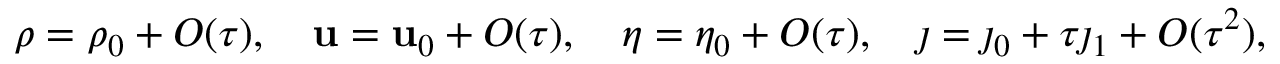
\rho = \rho _ { 0 } + O ( \tau ) , \quad \mathbf { u } = \mathbf { u } _ { 0 } + O ( \tau ) , \quad \eta = \eta _ { 0 } + O ( \tau ) , \quad \j = \j _ { 0 } + \tau \j _ { 1 } + O ( \tau ^ { 2 } ) ,